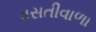
વસતીવાળા